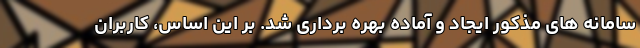
سامانه های مذکور ایجاد و آماده بهره برداری شد. بر این اساس، کاربران